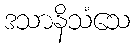
ဒသာနိသံသေ